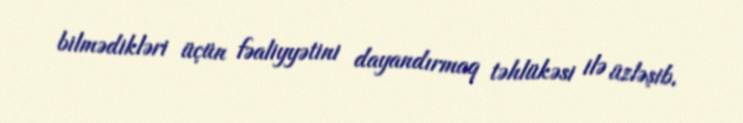
bilmədikləri üçün fəaliyyətini dayandırmaq təhlükəsi ilə üzləşib.